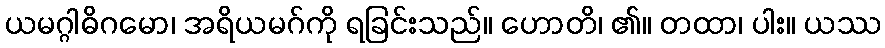
ယမဂ္ဂါဓိဂမော၊ အရိယမဂ်ကို ရခြင်းသည်။ ဟောတိ၊ ၏။ တထာ၊ ပါး။ ယဿ